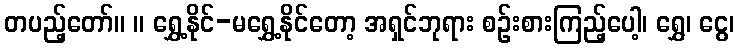
တပည့်တော်။ ။ ရွှေ့နိုင်-မရွှေ့နိုင်တော့ အရှင်ဘုရား စဉ်းစားကြည့်ပေါ့၊ ရွှေ၊ ငွေ၊